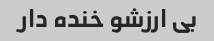
بی ارزشو خنده دار